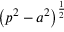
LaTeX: \left( p ^ { 2 } - a ^ { 2 } \right) ^ { \frac { 1 } { 2 } }